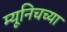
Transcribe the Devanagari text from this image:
म्यूनिचच्या